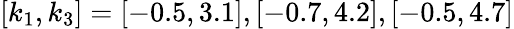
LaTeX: [k_{1},k_{3}]=[-0.5,3.1],[-0.7,4.2],[-0.5,4.7]